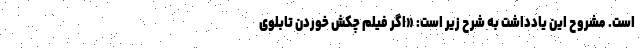
است. مشروح این یادداشت به شرح زیر است: «اگر فیلم چکش خوردن تابلوی